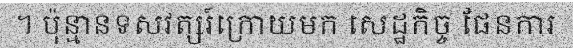
។ ប៉ុន្មានទសវត្សរ៍ក្រោយមក សេដ្ឋកិច្ច ផែនការ